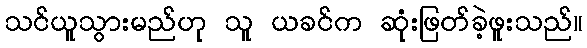
သင်ယူသွားမည်ဟု သူ ယခင်က ဆုံးဖြတ်ခဲ့ဖူးသည်။